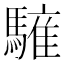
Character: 𩥤